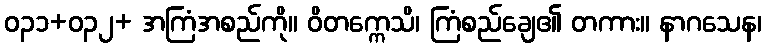
ဝ၃၁+ဝ၃၂+ အကြံအစည်ကို။ ဝိတက္ကေသိ၊ ကြံစည်ချေ၏ တကား။ နာဂသေန၊